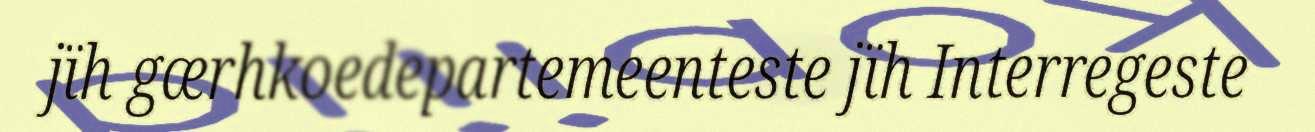
jïh gærhkoedepartemeenteste jïh Interregeste